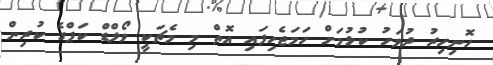
ހޮނިހިރު ދުވަހު ކުޅުމަށް ހަމަޖެހިފައި އޮތް މި މެޗަކީ ވޯލްޑް ކަޕްގެ ކުރިން